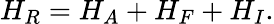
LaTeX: H_{R}={H_{A}}+{H_{F}}+{H_{I}}.